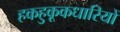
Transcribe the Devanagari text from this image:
हकहुकूकधारियों